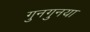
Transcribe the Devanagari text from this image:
गुनगुनया